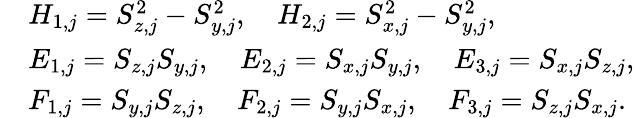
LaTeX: \begin{array}{rl}&{H_{1,j}=S_{z,j}^{2}-S_{y,j}^{2},\quad H_{2,j}=S_{x,j}^{2}-S_{y,j}^{2},}\\ &{E_{1,j}=S_{z,j}S_{y,j},\quad E_{2,j}=S_{x,j}S_{y,j},\quad E_{3,j}=S_{x,j}S_{z,j},}\\ &{F_{1,j}=S_{y,j}S_{z,j},\quad F_{2,j}=S_{y,j}S_{x,j},\quad F_{3,j}=S_{z,j}S_{x,j}.}\end{array}